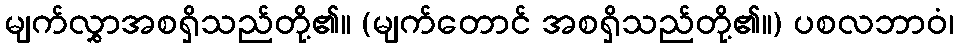
မျက်လွှာအစရှိသည်တို့၏။ (မျက်တောင် အစရှိသည်တို့၏။) ပစလဘာဝံ၊